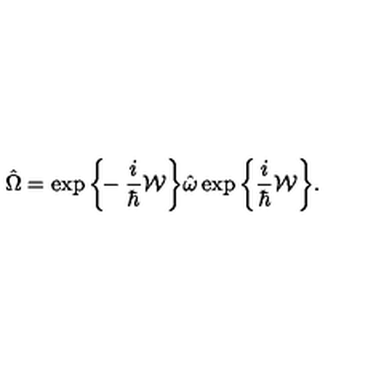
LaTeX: \hat { \Omega } = \exp \bigg \{ \! \! - \frac { i } { \hbar } { \cal W } \bigg \} \hat { \omega } \exp \bigg \{ \frac { i } { \hbar } { \cal W } \bigg \} .